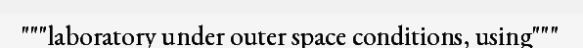
"""laboratory under outer space conditions, using"""